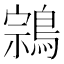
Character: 鶎